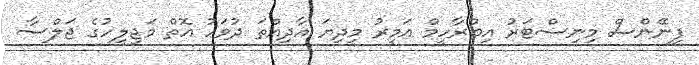
ފިނޭންސް މިނިސްޓަރު އިބްރާހީމް އަމީރު މިދިޔަ އާދިއްތަ ދުވަހު އޮތް މަޖިލީހުގެ ޖަލްސާ